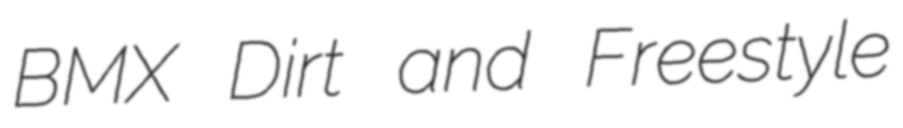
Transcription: BMX Dirt and Freestyle